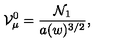
{ \cal V } _ { \mu } ^ { 0 } = \frac { { \cal N } _ { 1 } } { a ( w ) ^ { 3 / 2 } } ,